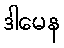
ဒါမေန